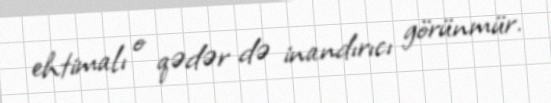
ehtimalı o qədər də inandırıcı görünmür.